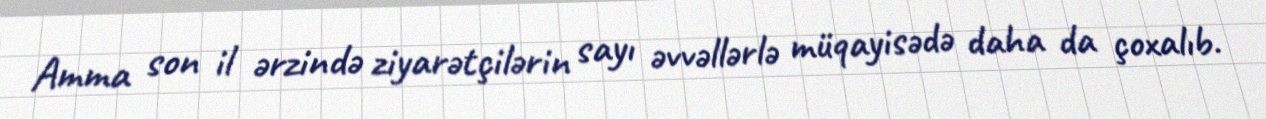
Amma son il ərzində ziyarətçilərin sayı əvvəllərlə müqayisədə daha da çoxalıb.